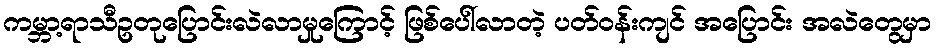
ကမ္ဘာ့ရာသီဥတုပြောင်းလဲလာမှုကြောင့် ဖြစ်ပေါ်လာတဲ့ ပတ်ဝန်းကျင် အပြောင်း အလဲတွေမှာ